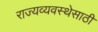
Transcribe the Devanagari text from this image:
राज्यव्यवस्थेसाठी